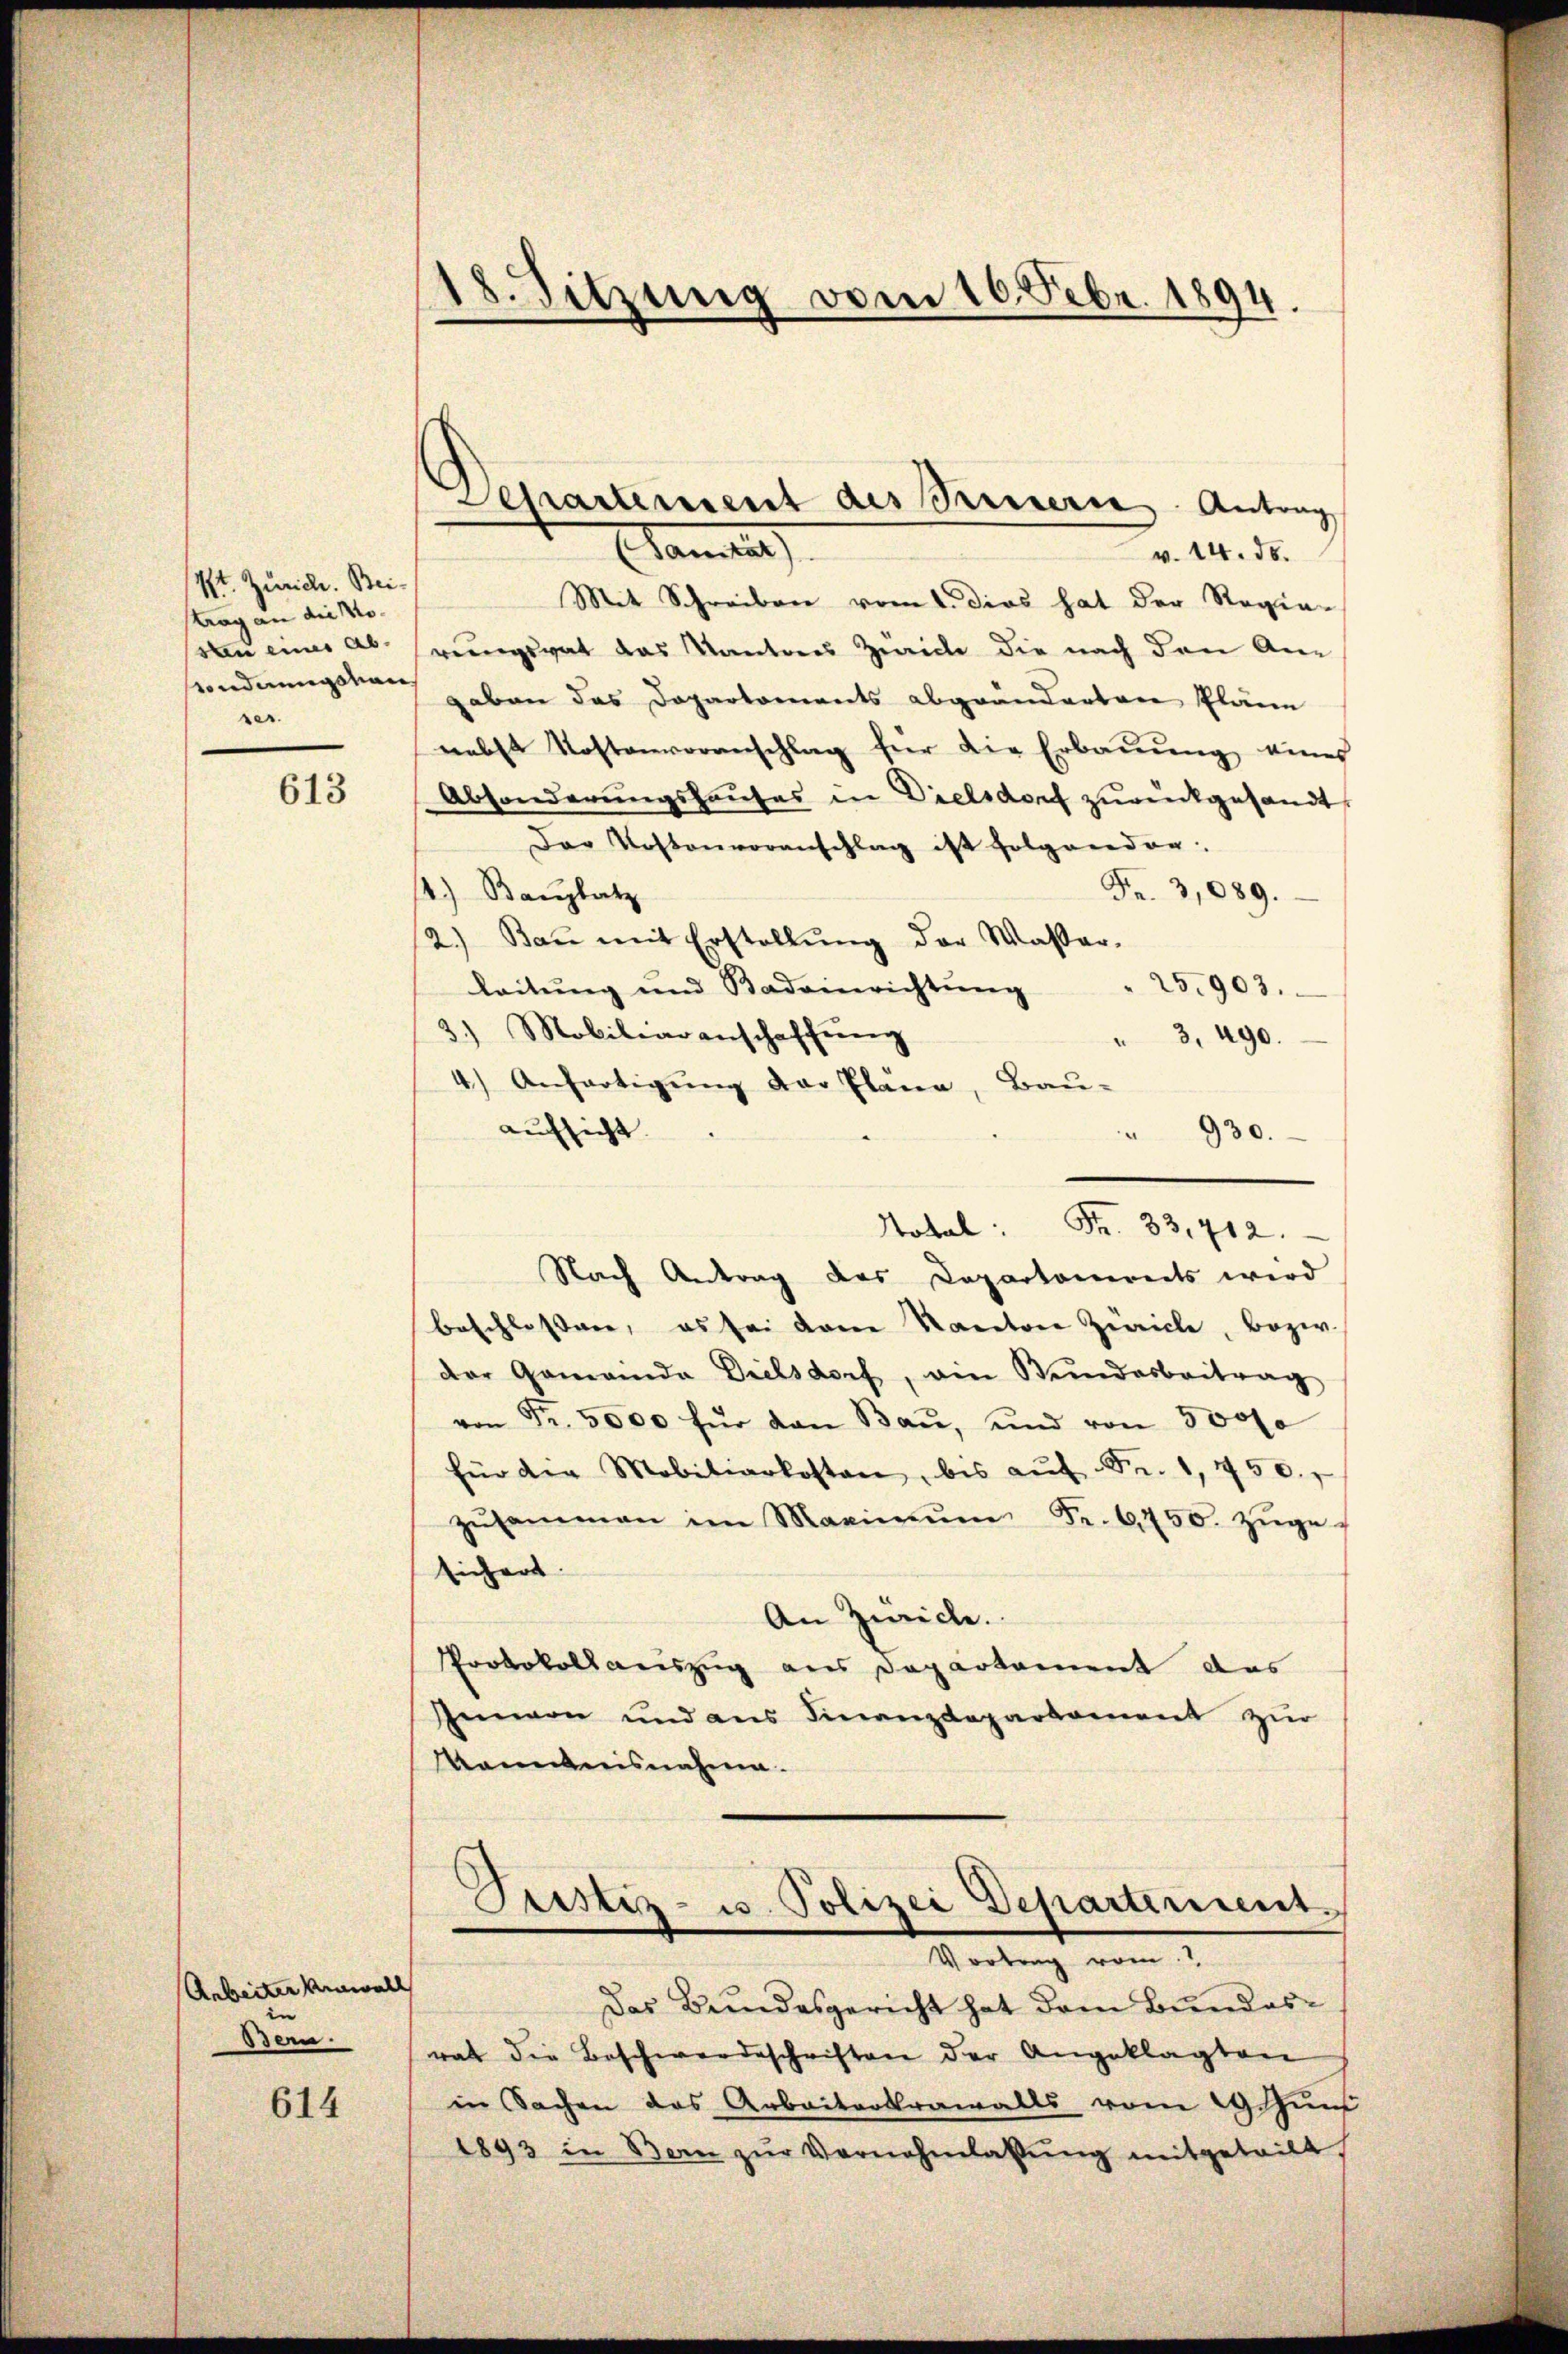
Kt. Zürich. Beistrag an die Nosten einer Ab-
eonderungshau
ser.

613

Arbeiter Anwall
Bern.

614

18. Sitzung vom 10. Febr. 1894.

Departement des Seiner Antrag

Samtan
v. 14. ds.
Mit Schreiben vom 1. dies hat der Regie-
ruungsrat das Kantons Zürich die nach den An-
gaben das Departements abgeänderten Pläne
nebst Kostenvoranschlag für die Erbauung eines
Absonderungshauses in Dielsdorf zurückgesandt,
Der Kostenvoranschlag ist folgreeder.
Fr. 3,089.
1.) Bauplatz
2.) Baṅ mit Erstellŭng der Wasser-
25,903.
leitung und Badeinrichtŭng
3.) Mobiliaranschaffŭng
" 3, 490.
4.) Anfertigung der Plana, Bau-
aufsicht.
930.
Nokal Fr. 33,412.
Nach Antrag des Departonereits wird
beschlossen, es sei dann Kanton Zürich, bezw.
der Gemeinda Dielsdorf, am Bundesbeitrag
von Fr. 3000 für den Bau, und von 500fr
für der Mobiliarkosten, bis aŭf Fr. 1, 450.
zŭsammen im Maximŭm Fr. 6750. zŭge-
sichert.
An Zürich.
Portokollauszug aus Departament das
Innern und aus Finanzdeparkoment zŭr
Kenntnisnahme.

Das Bundesgericht hat dem Bundesrat die Beschwerdeschriften der Angeklagten
in Sachen das Arbeitertenwalts vom 29. Jun
1893 in Bern zŭr Vernehmlassŭng mitgeteilt.

Justiz- u. Polizei Departement
Virtung vom 1.